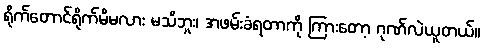
ရိုက်တောင်ရိုက်မိမလား မသိဘူး၊ အဖမ်းခံရတာကို ကြားတော့ ဂုဏ်လဲယူတယ်။